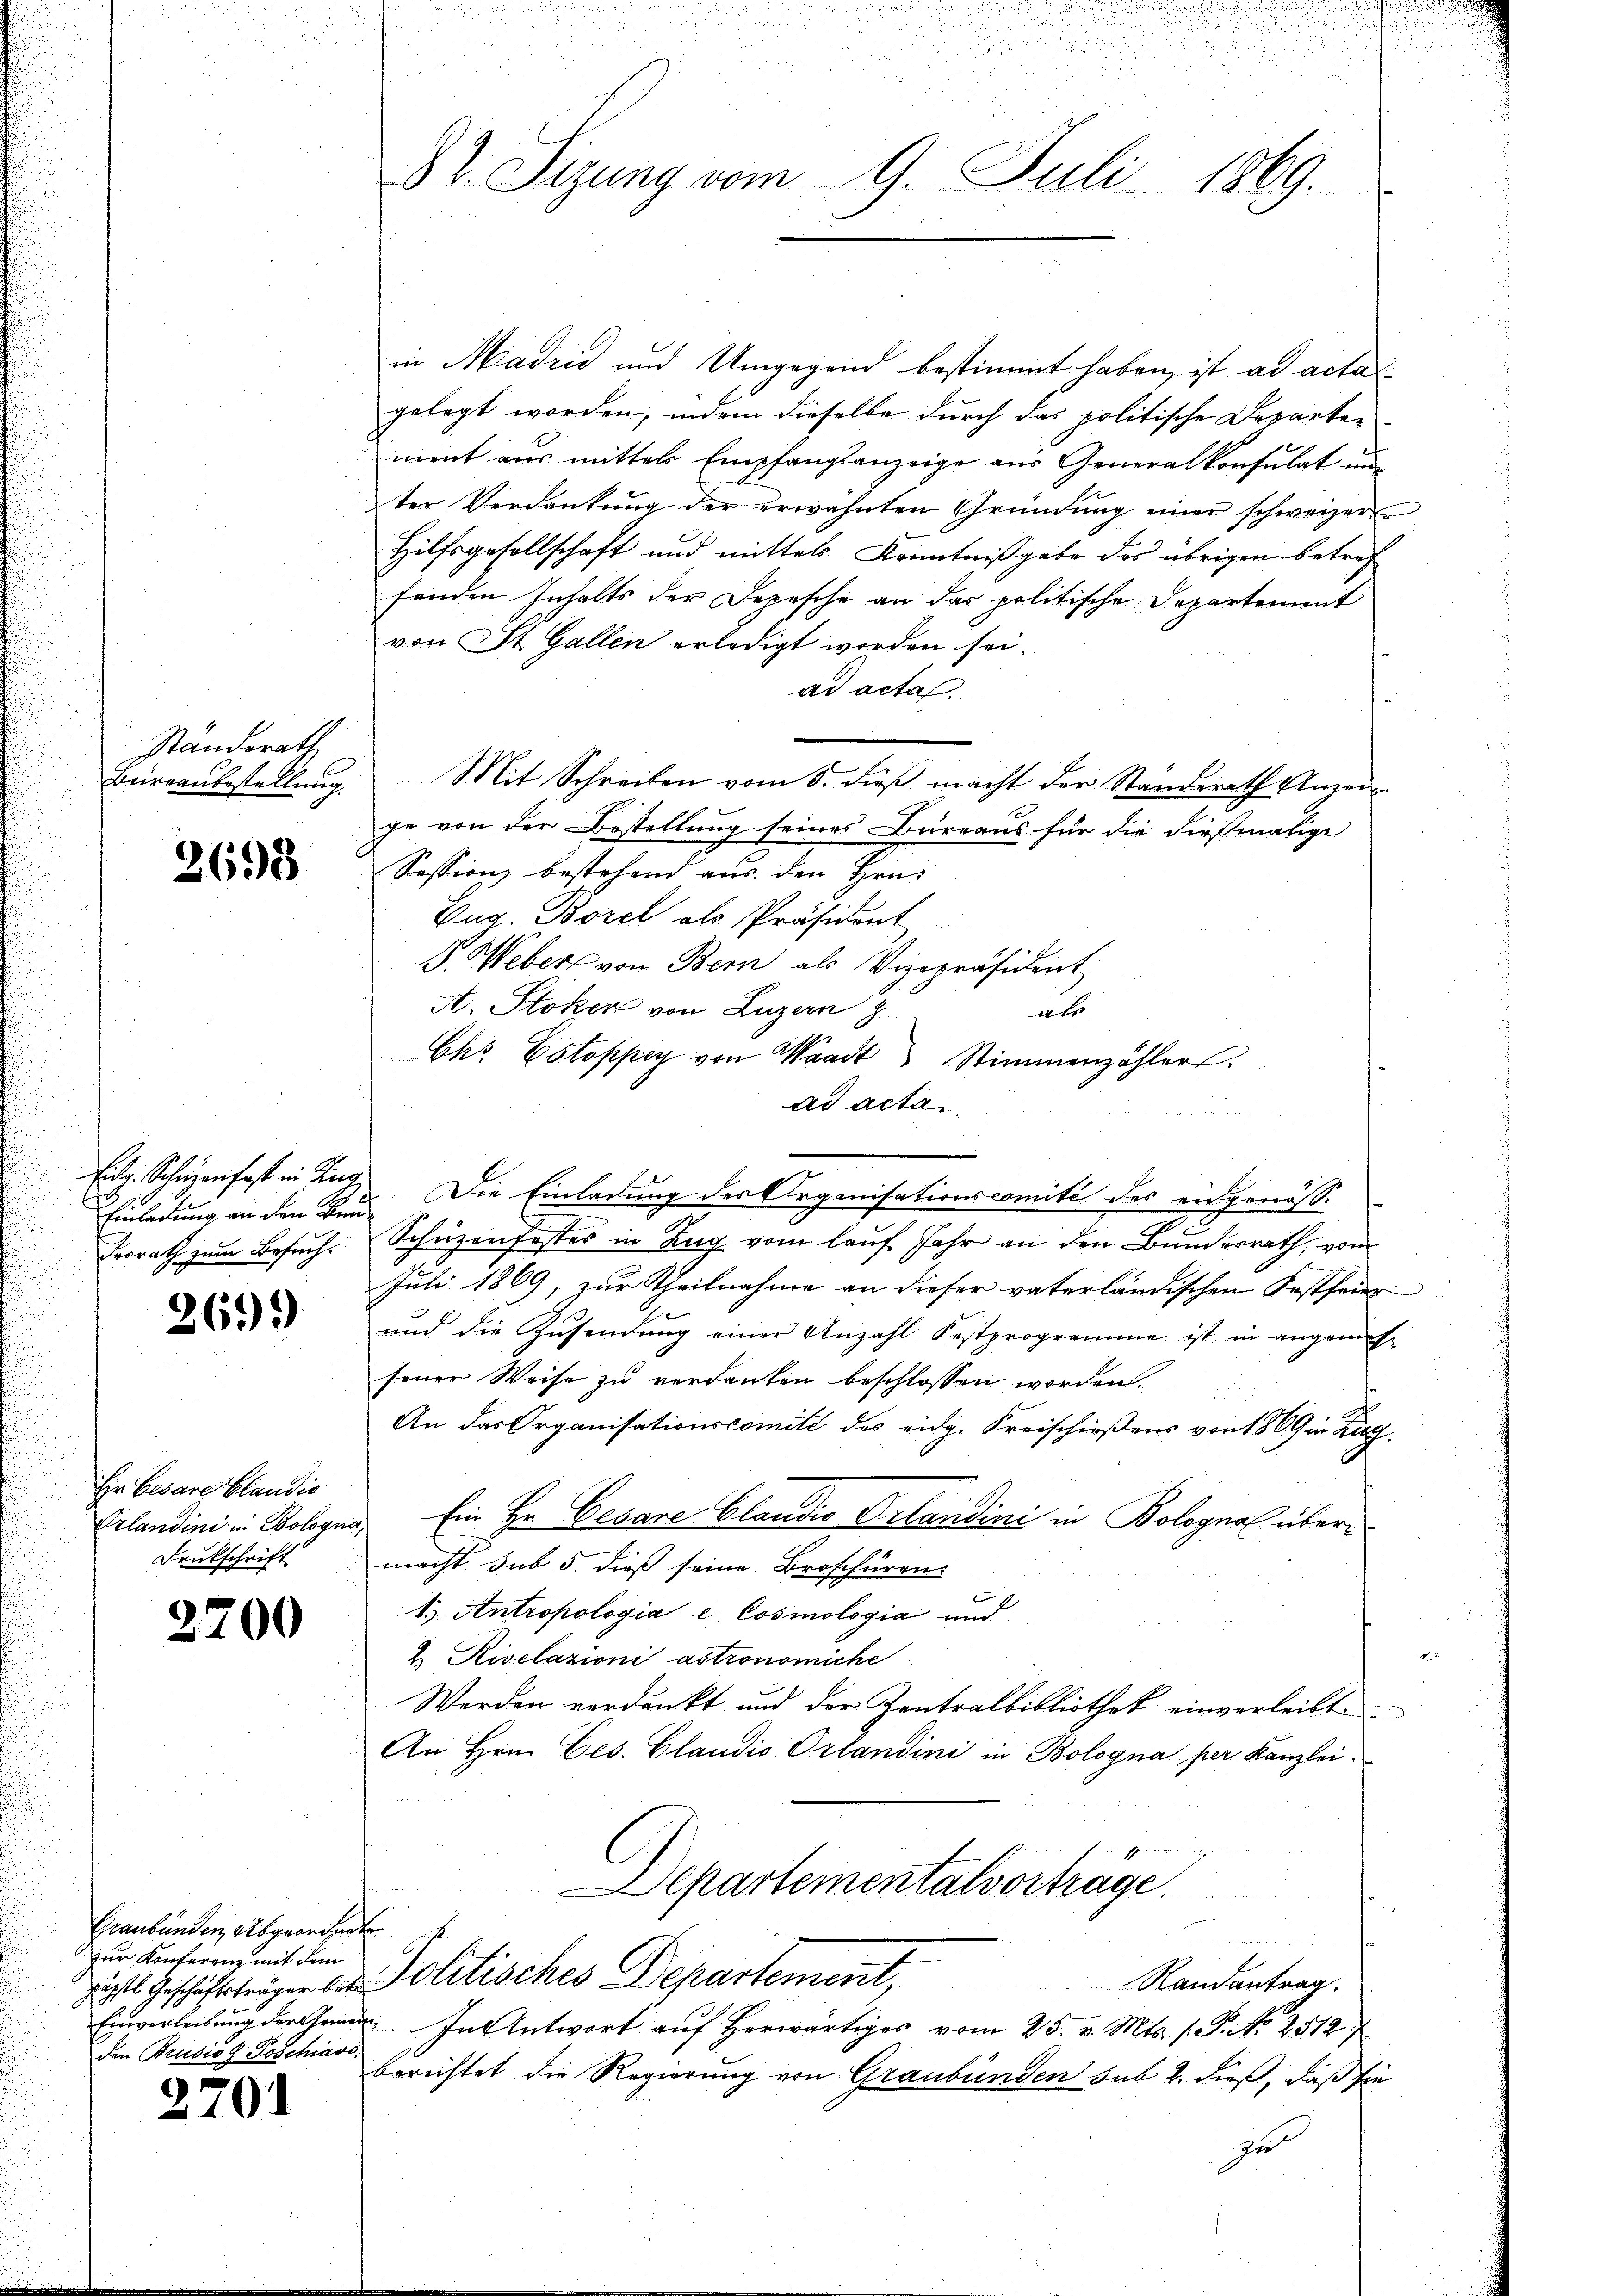
Ständerath
Büreaubestellung.

2698

Eil. Schüzenfast in Lung
desrath zum Besuch.

2699

Hr. Besare blandis
Erlandini in Bologi

3200

Graubünden Abgeordnet
zur Konferenz mit dem
den Brudios Poschiavo,

2701

82. Sizung vom 9. Juli 1869.

in Madzić und Umgegend bestimmt haben, ist ad actas
gelegt worden, indem dieselbe durch das politische Departen
ment aus mittels Empfangsanzeige aus Generalkonsulat un
ter Verdankung der erwähnten Gründung einer schweizer
Hilfsgesellschaft und mittels Kenntnißgabe des übrigen betref
fenden Inhalts der Depesche an das politische Departement
von St. Gallen erledigt worden sei.
ad acta.
Mit Schreiben vom 8. dieβ macht der Standerath Anzei
ge von der Bestellung seines Büreaus für die dießmalige
Session bestehend aus den Hrn.
Eug. Borel als Präsident
G. Weber von Bern als Vizepräsident
A. Stoker von Luzern
atr.
Chr. Estoppey von Waadt Stimmenzähler.
ad acta
r
Einladung an den 3. d. Die Einladung des Organisationscomité des eidgenöss.
u
Schüzenfestes in Zug vom lauf Jahr an den Bundesrath, vom
Juli 1869, zur Theilnahme an dieser vaterländischen Festfeier-
und die Zusendung einer Anzahl Postprogramme ist in angemes-
sener Weise zu verdanken beschlossen worden.
An das Organisationscomité des eidg. Kreischießens von 1869 in Zug
u. Ein Hr. Cesare blandio Orlandini in Bologna über¬
Drukschrift macht sub 5. dieß seine Broschüren
1.) Antropologiae Cosmologia und
u. Rivelazioni astronomiche
Werden verdankt und der Zentralbibliothek einverleibt
An Hrn. Ges. Claudio Orlandini in Bologna per Kanzlei
Departementalvorträge.
it Geschäftsträgen der Politisches Departement, Randantrag.
Einverleitung deren. In Antwort aŭf herwärtiges vom 25. v. Mts. s. S. No 2514)
berichtet die Regierung von Graubünden sub. 2. dieß, daß sie
zu